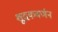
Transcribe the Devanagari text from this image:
शूद्रकवर्णन